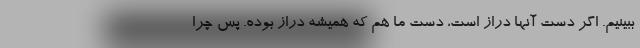
ببینیم. اگر دست آنها دراز است، دست ما هم که همیشه دراز بوده. پس چرا